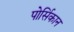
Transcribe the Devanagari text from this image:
पोर्सिकान